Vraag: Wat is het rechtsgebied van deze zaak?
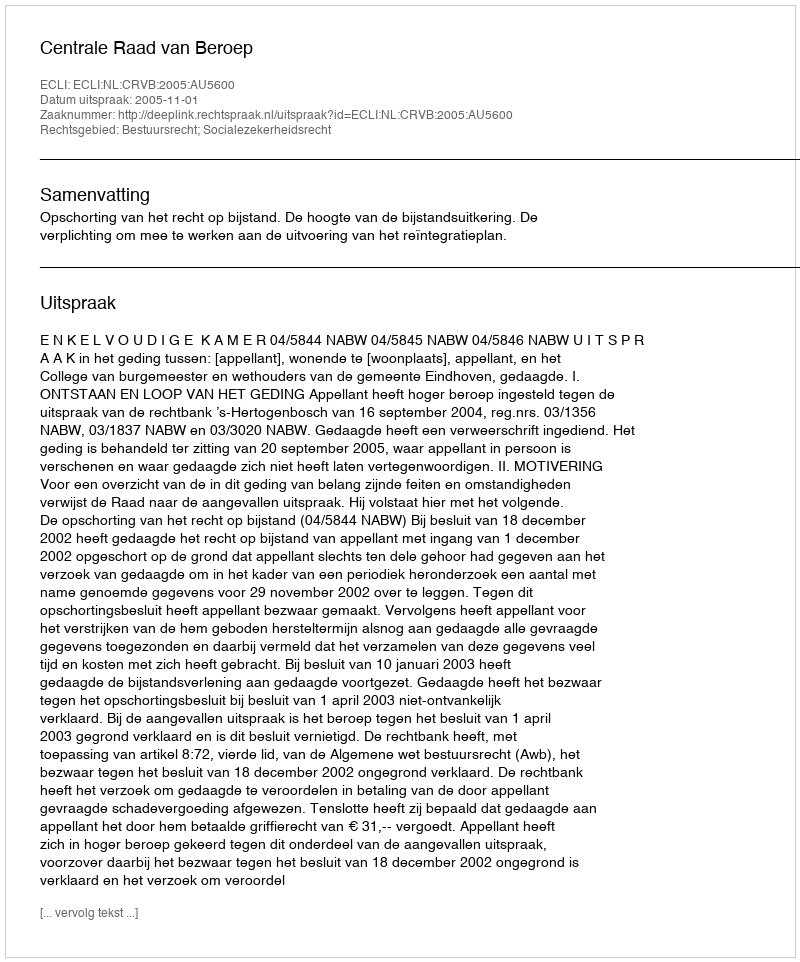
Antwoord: Bestuursrecht; Socialezekerheidsrecht